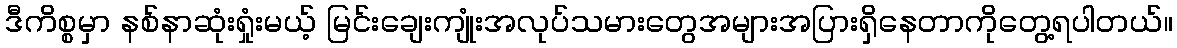
ဒီကိစ္စမှာ နစ်နာဆုံးရှုံးမယ့် မြင်းချေးကျုံးအလုပ်သမားတွေအများအပြားရှိနေတာကိုတွေ့ရပါတယ်။